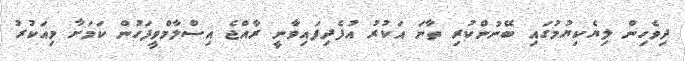
ދިވެހިން ލިޔެކިޔުމުގައި ބޭނުންކުރި ތާނަ އަކުރު އުފެދިފައިވާނީ ރާއްޖެ އިސްލާމްވީފަހުން ކަމަށާ މިއަކުރު